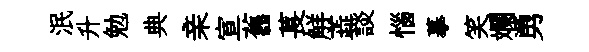
泯升勉典亲宣舊萇觧蕋談惱摹笑斕勇